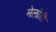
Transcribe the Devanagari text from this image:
मेलॉडी